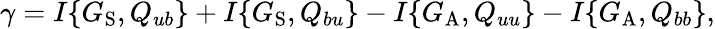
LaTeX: \gamma=I\{ {G_{\mathrm{{S}}},Q_{ub}}\} +I\{ {G_{\mathrm{{S}}},Q_{bu}}\} -I\{ {G_{\mathrm{{A}}},Q_{uu}}\} -I\{ {G_{\mathrm{{A}}},Q_{bb}}\} ,